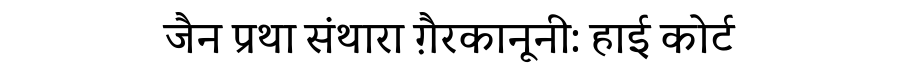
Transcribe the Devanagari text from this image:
जैन प्रथा संथारा ग़ैरकानूनी: हाई कोर्ट